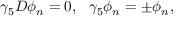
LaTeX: \gamma _ { 5 } D \phi _ { n } = 0 , \ \ \gamma _ { 5 } \phi _ { n } = \pm \phi _ { n } ,